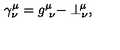
\gamma _ { \nu } ^ { \mu } = g _ { \ \nu } ^ { \mu } - \perp _ { \nu } ^ { \! \mu } ,